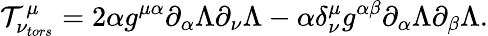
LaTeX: {\cal T}_{\nu_{tors}}^{\mu}=2\alpha g^{\mu\alpha}\partial_{\alpha}\Lambda\partial_{\nu}\Lambda-\alpha\delta_{\nu}^{\mu}g^{\alpha\beta}\partial_{\alpha}\Lambda\partial_{\beta}\Lambda.